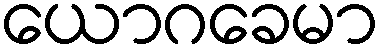
ယောဂခေမာ